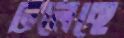
ঢলেছে